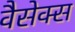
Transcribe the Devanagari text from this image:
वैसेक्स